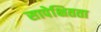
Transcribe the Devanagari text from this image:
सापेक्षितता